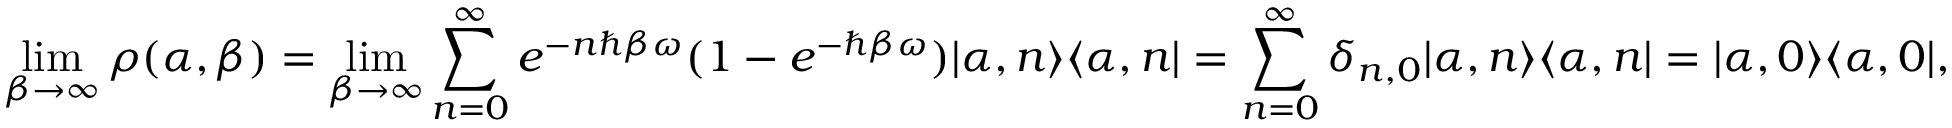
\operatorname* { l i m } _ { \beta \to \infty } \rho ( \alpha , \beta ) = \operatorname* { l i m } _ { \beta \to \infty } \sum _ { n = 0 } ^ { \infty } e ^ { - n \hbar \beta \omega } ( 1 - e ^ { - \hbar \beta \omega } ) | \alpha , n \rangle \langle \alpha , n | = \sum _ { n = 0 } ^ { \infty } \delta _ { n , 0 } | \alpha , n \rangle \langle \alpha , n | = | \alpha , 0 \rangle \langle \alpha , 0 | ,